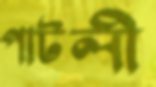
পাটলী